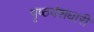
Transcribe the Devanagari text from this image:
पृष्ठवंशधारी